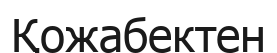
Қожабектен